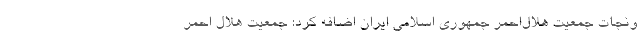
ونجات جمعیت هلال‌احمر جمهوری اسلامی ایران اضافه کرد: جمعیت هلال احمر